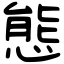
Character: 態